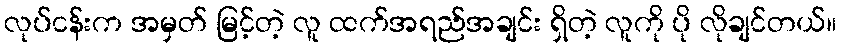
လုပ်ငန်းက အမှတ် မြင့်တဲ့ လူ ထက်အရည်အချင်း ရှိတဲ့ လူကို ပို လိုချင်တယ်။